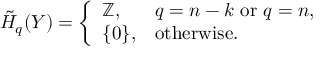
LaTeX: { \tilde { H } } _ { q } ( Y ) = { \left\{ \begin{array} { l l } { \mathbb { Z } , } & { q = n - k { \mathrm { ~ o r ~ } } q = n , } \\ { \{ 0 \} , } & { { \mathrm { o t h e r w i s e } } . } \end{array} \right. }